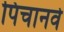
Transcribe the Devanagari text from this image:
पिचानवे